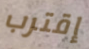
إقترب